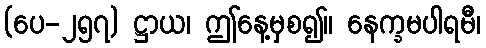
(ပေ-၂၅၇) ဋ္ဌာယ၊ ဤနေ့မှစ၍။ နေက္ခမပါရမီ၊